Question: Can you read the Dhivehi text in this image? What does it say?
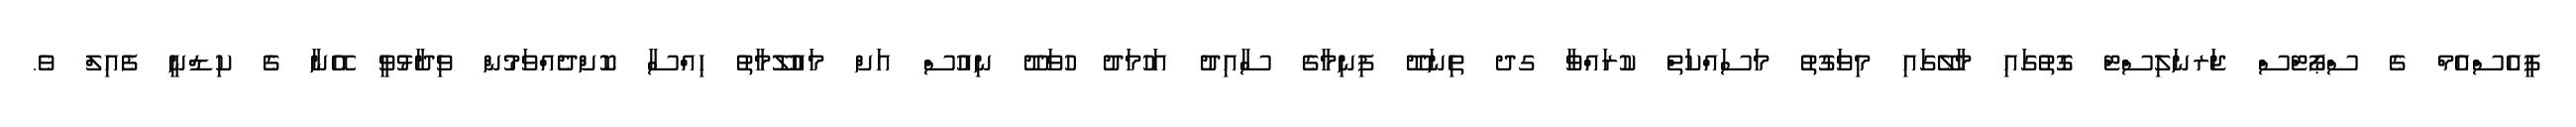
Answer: ޕީއެސްއެމް ގެ ސްޕޯޓްސް ޖަރނަލިސްޓް ގޮތުގައި މާލޭގައި މިވަގުތު މަސައްކަތް ކުރައްވާ ގދ ތިނަދޫ ފިނިމާގެ ސާއިދު އަހުމަދު ހުވަދޫ ނިއުސް އަށް މައުލޫމާތު ހިއްސާ ކޮށްދެއްވަމުން ވިދާޅުވީ އޭނާ ގެ ކިޑްނީ ފެއިލް ވެ.